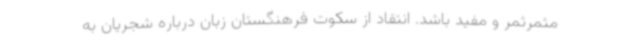
مثمرثمر و مفید باشد. انتقاد از سکوت فرهنگستان زبان درباره شجریان به